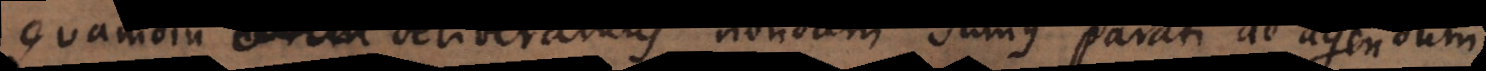
Quamdiu deliberamus nondum sumus parati ad agendum,